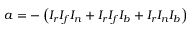
a = - \left( I _ { r } I _ { f } I _ { n } + I _ { r } I _ { f } I _ { b } + I _ { r } I _ { n } I _ { b } \right)